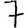
Digit: 7